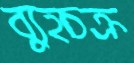
ব্যুহচক্র